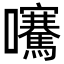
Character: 𡅶